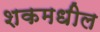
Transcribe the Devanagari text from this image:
शकमधील